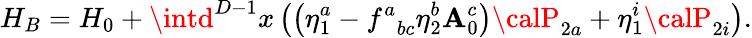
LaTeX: H_{B}=H_{0}+\intd^{D-1}x\left(\left(\eta_{1}^{a}-f_{\; \; bc}^{a}\eta_{2}^{b}\mathbf{A}_{0}^{c}\right){\calP}_{2a}+\eta_{1}^{i}{\calP}_{2i}\right).